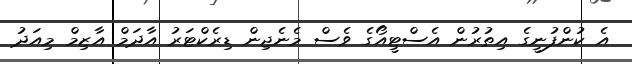
އެ ކުންފުނީގެ އިތުރުން އެސްޓީއޯގެ ވެސް މެނެޖިން ޑިރެކްޓަރު އާދަމް އާޒިމް މިއަދު